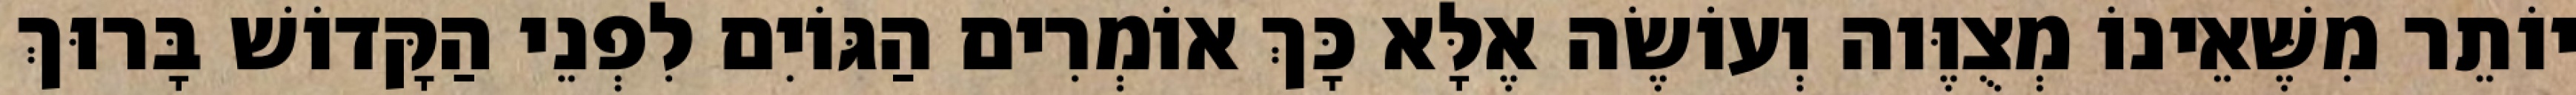
יוֹתֵר מִשֶּׁאֵינוֹ מְצֻוֶּוה וְעוֹשֶׂה אֶלָּא כָּךְ אוֹמְרִים הַגּוֹיִם לִפְנֵי הַקָּדוֹשׁ בָּרוּךְ